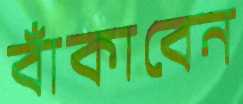
বাঁকাবেন